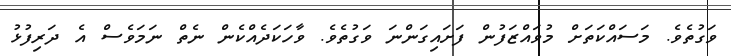
ވަގުތެވެ. މަސައްކަތަށް މުވައްޒަފުން ފަށައިގަންނަ ވަގުތެވެ. ވާހަކަދެއްކެން ނެތް ނަމަވެސް އެ ދަރިފުޅު